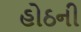
હોઠની